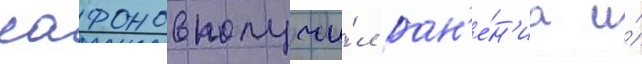
сафонов получи́л ран'е́н'иа и́